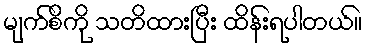
မျက်စိကို သတိထားပြီး ထိန်းရပါတယ်။